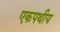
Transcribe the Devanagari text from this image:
एकपथीय